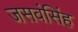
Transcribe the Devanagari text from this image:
जसवंसिंह